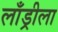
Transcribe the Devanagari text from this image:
लाँड्रीला